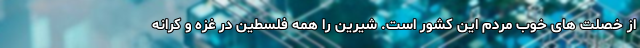
از خصلت های خوب مردم این کشور است. شیرین را همه فلسطین در غزه و کرانه